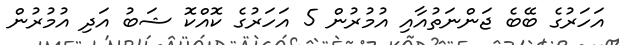
އަހަރުގެ ބޭބެ ޖަންނަތުއާއި އުމުރުން 5 އަހަރުގެ ކޮއްކޮ ޝަބު އަދި އުމުރުން